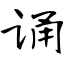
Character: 诵